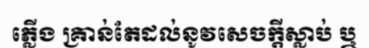
ភ្លើង គ្រាន់តែដល់នូវសេចក្តីស្លាប់ ឬ